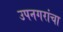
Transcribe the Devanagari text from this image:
उपनगरांचा